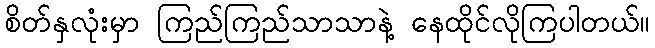
စိတ်နှလုံးမှာ ကြည်ကြည်သာသာနဲ့ နေထိုင်လိုကြပါတယ်။